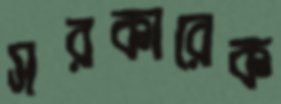
সরকারেক